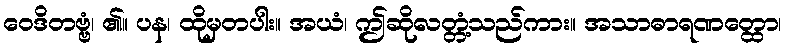
ဝေဒိတဗ္ဗံ၊ ၏။ ပန၊ ထိုမှတပါး။ အယံ၊ ဤဆိုလတ္တံ့သည်ကား။ အသာဓာရဏတ္ထော၊